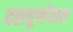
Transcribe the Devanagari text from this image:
दशपूर्णयास